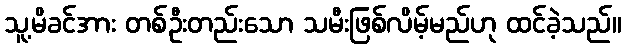
သူ့မိခင်အား တစ်ဦးတည်းသော သမီးဖြစ်လိမ့်မည်ဟု ထင်ခဲ့သည်။